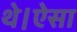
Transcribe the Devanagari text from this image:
थे।ऐसा